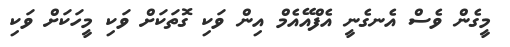
މީގެން ވެސް އެނގެނީ އެފްއޭއެމް އިން ވަކި ގޮތަކަށް ވަކި މީހަކަށް ވަކި